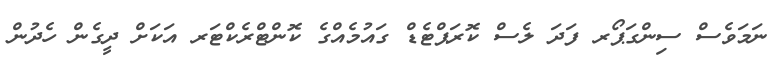
ނަމަވެސް ސިންގަޕޯރ ފަދަ ލެސް ކޮރަޕްޓެޑް ގައުމެއްގެ ކޮންޓްރެކްޓަރ އަކަށް ދީގެން ހެދުން